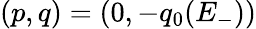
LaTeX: (p,q)=(0,-q_{0}(E_{-}))